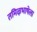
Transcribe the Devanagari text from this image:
तमिऴभाषेला